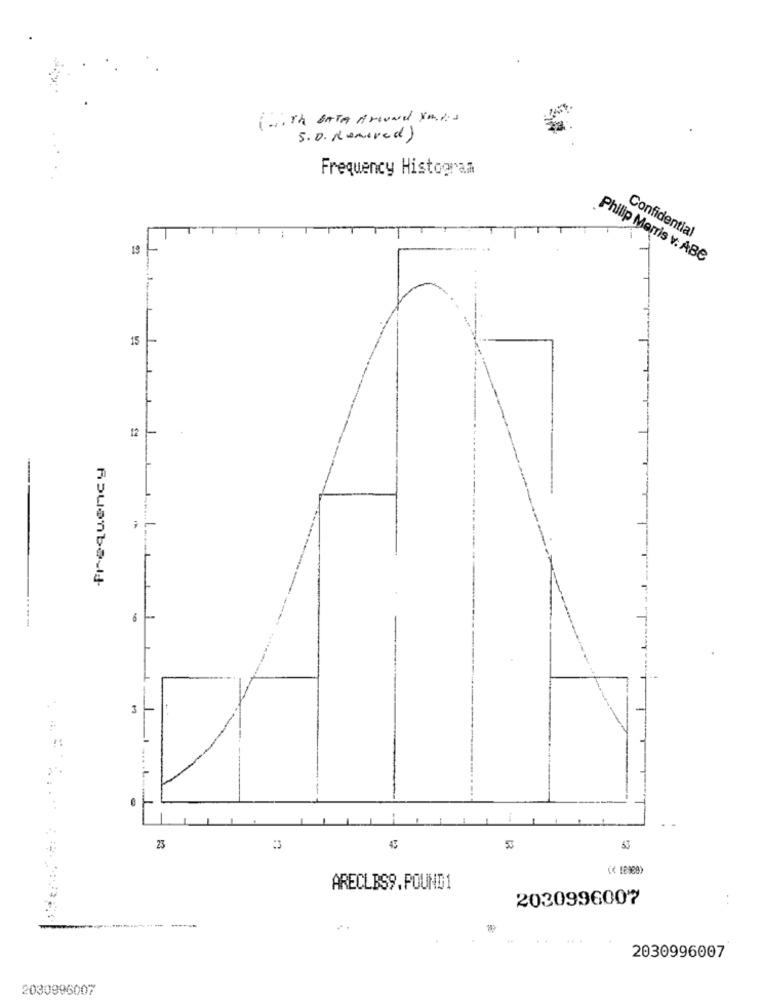
(with BATA Around Xmlis
S.D. Removed)
Frequency Histogram
Confidential
Philip Morris v. ABC
15
12 --
Rouenbold
3-
23
45
( 18989)
ARECLBS9.POUND1
2030996007
2030996007
2030996007